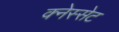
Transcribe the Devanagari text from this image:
क्नेस्सेट